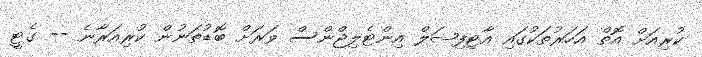
ކުރިއަށް އޮތް އަހަރުތަކުގައި އާޓިފިޝަލް އިންޓެލިޖްންސް ވަރަށް ބޮޑުތަނުން ކުރިއަރާނެ -- ގެޓީ